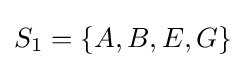
S_{1}=\{A,B,E,G\}